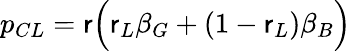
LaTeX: p_{CL}=\mathsf{r}\Big(\mathsf{r}_{L}\beta_{G}+(1-\mathsf{r}_{L})\beta_{B}\Big)